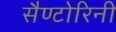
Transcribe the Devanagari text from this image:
सैण्टोरिनी